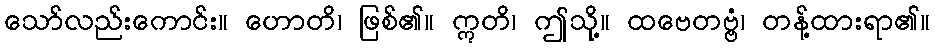
သော်လည်းကောင်း။ ဟောတိ၊ ဖြစ်၏။ ဣတိ၊ ဤသို့။ ထဗေတဗ္ဗံ၊ တန့်ထားရာ၏။